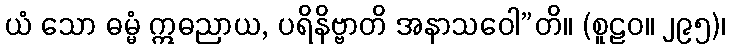
ယံ သော ဓမ္မံ ဣဓညာယ, ပရိနိဗ္ဗာတိ အနာသဝေါ”တိ။ (စူဠဝ။ ၂၉၅)၊